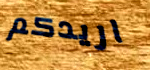
اريدكم